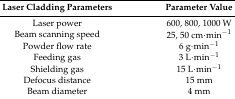
| Laser Cladding Parameters | Parameter Value |
 | --- | --- |
 | Laser power | 600, 800, 1000 W |
 | Beam scanning speed | 25, 50 cm·min−1 |
 | Powder flow rate | 6 g·min−1 |
 | Feeding gas | 3 L·min−1 |
 | Shielding gas | 15 L·min−1 |
 | Defocus distance | 15 mm |
 | Beam diameter | 4 mm |